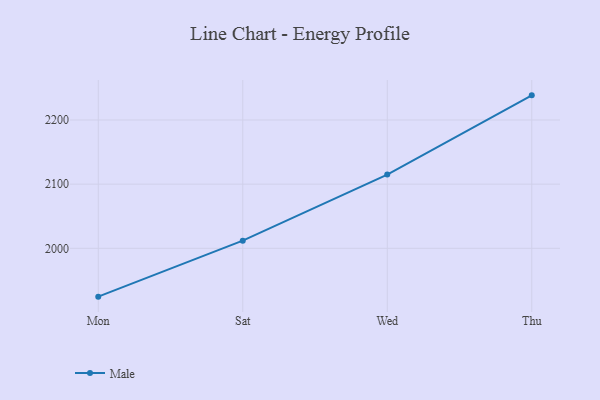
{"axis": {"x": "Day", "y": "Population (Million)"}, "legend": ["Male"], "data": [{"x": "Mon", "y": 1924.7, "type": "Male"}, {"x": "Sat", "y": 2011.9, "type": "Male"}, {"x": "Wed", "y": 2115.0, "type": "Male"}, {"x": "Thu", "y": 2238.4, "type": "Male"}]}